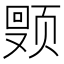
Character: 𬱩